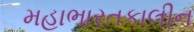
મહાભારતકાલીન